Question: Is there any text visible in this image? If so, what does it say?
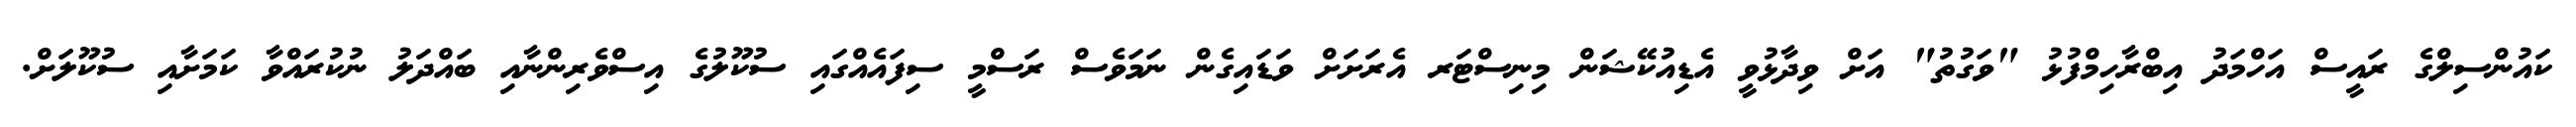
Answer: ކައުންސިލްގެ ރައީސް އަހްމަދު އިބްރާހިމްފުޅު "ވަގުތު" އަށް ވިދާޅުވީ އެޑިއުކޭޝަން މިނިސްޓަރ އެރަށަށް ވަޑައިގެން ނަމަވެސް ރަސްމީ ސިފައެއްގައި ސުކޫލުގެ އިސްވެރިންނާއި ބައްދަލު ނުކުރައްވާ ކަމަށާއި ސުކޫލަށް.